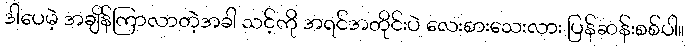
ဒါပေမဲ့ အချိန်ကြာလာတဲ့အခါ သင့်ကို အရင်အတိုင်းပဲ လေးစားသေးလား ပြန်ဆန်းစစ်ပါ။